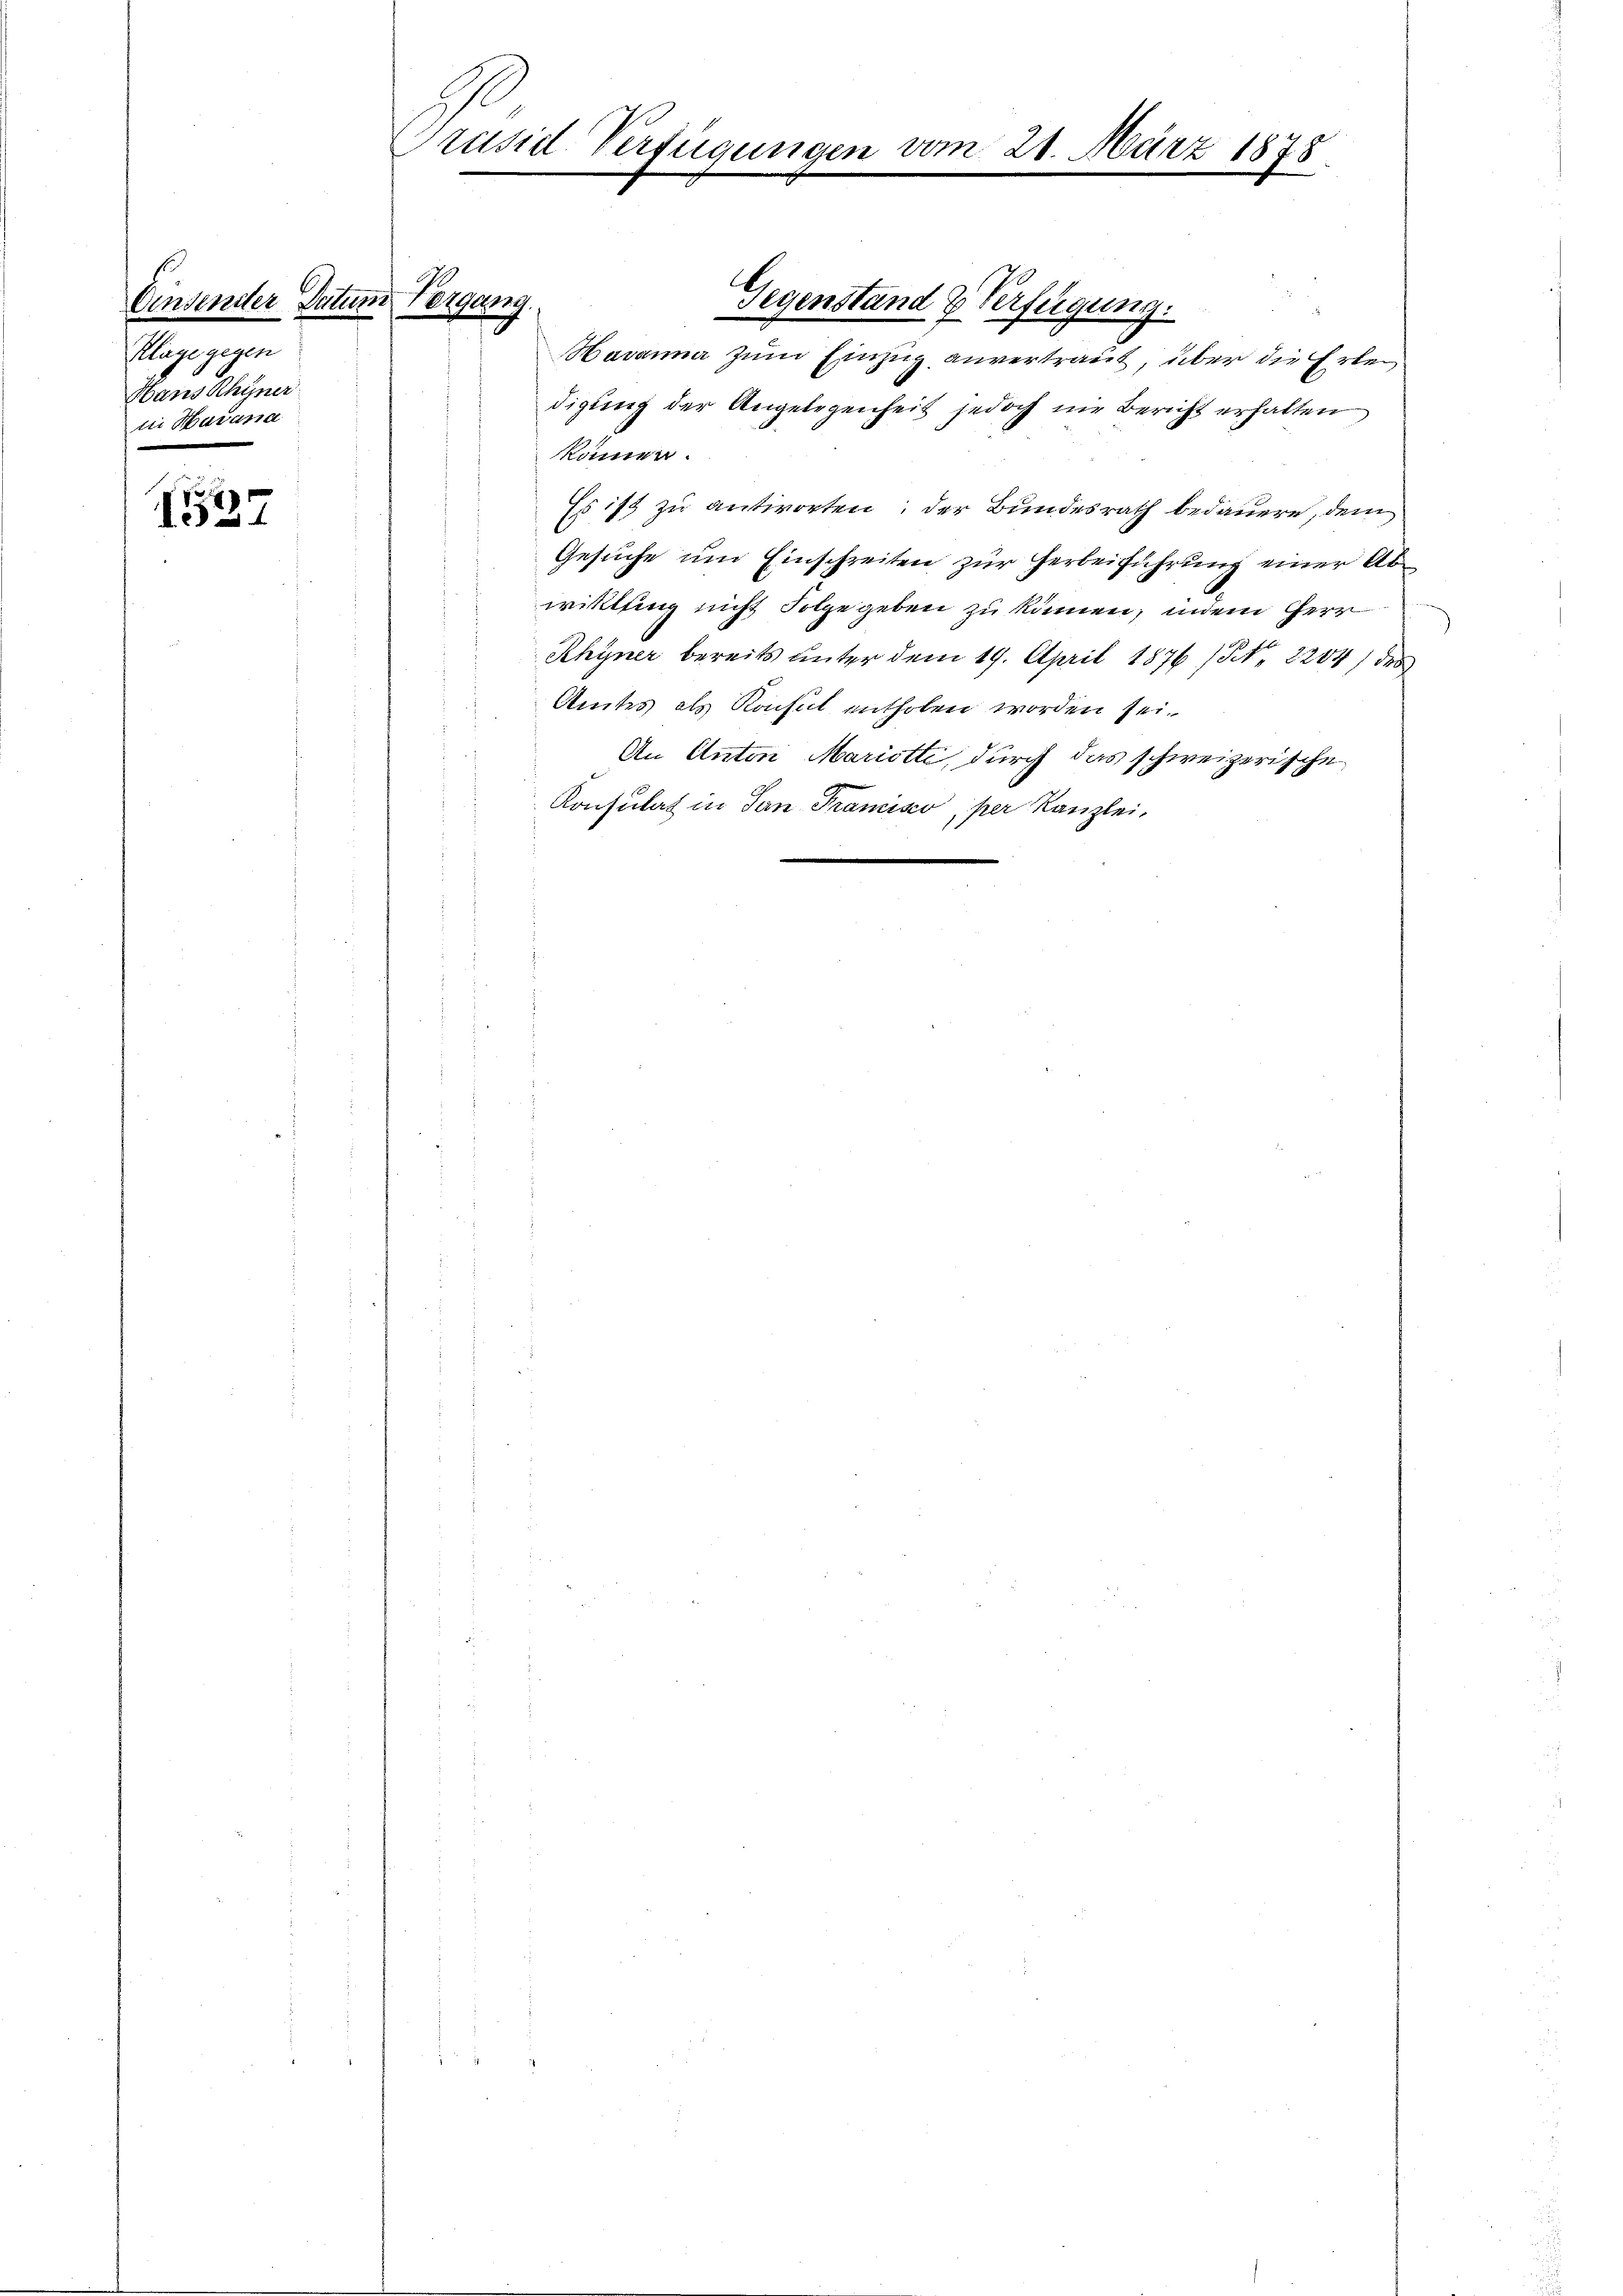
Einsender Datum
Kläge gegen
Hans Rhyner
tii Havana

1527

Präsidl-Verfügungen vom 21. März 1878

Vergang
x

Gegenstand & Verfügung.
Havanna zum Einzug anvertraut, über die Erledigung der Angelegenheit jedoch nie Bericht erhalten
können.
Es ist zu antworten; der Bundesrath bedauern, dem
Gesuche um Einschreiten zur Herbeiführung einer Abwittling nicht Folgegeben zu können, indem Herr
Rhyner bereits unter dem 19. April 1876 1/3. 2204) des
Amtes als Konsul enthoben worden sei.
An Anton Mariotti, durch das schweizerische
Konsulat in San Tramisco, per Kanzlei,